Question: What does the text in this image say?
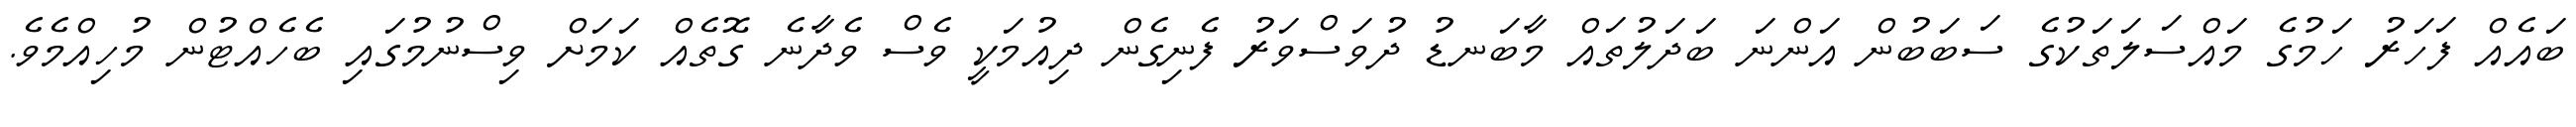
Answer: ބައެއް ފަހަރު ހަމުގެ މައްސަލަތަކުގެ ސަބަބުން އަންނަ ބަދަލުތައް މާބަނޑު ދުވަސްވަރު ފެނިގެން ދިއުމަކީ ވެސް ވެދާނެ ގޮތެއް ކަމަށް ވިސްނުމުގައި ބެހެއްޓުން މުހިއްމެވެ.